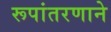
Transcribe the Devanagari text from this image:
रूपांतरणाने